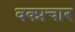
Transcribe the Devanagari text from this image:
वक्प्रचार